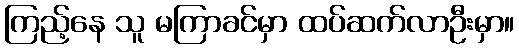
ကြည့်နေ သူ မကြာခင်မှာ ထပ်ဆက်လာဦးမှာ။